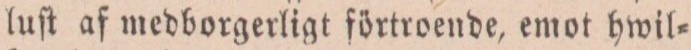
luſt af medborgerligt förtroende, emot hwil=